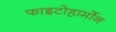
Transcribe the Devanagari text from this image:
फाइटोहार्मोन